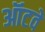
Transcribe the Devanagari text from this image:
ऑटवे